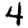
Digit: 4